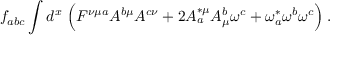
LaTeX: f _ { a b c } \int d ^ { x } \; \Big ( F ^ { \nu \mu a } A ^ { b \mu } A ^ { c \nu } + 2 A _ { a } ^ { * \mu } A _ { \mu } ^ { b } \omega ^ { c } + \omega _ { a } ^ { * } \omega ^ { b } \omega ^ { c } \Big ) \; .